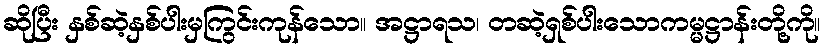
ဆိုပြီး နှစ်ဆဲ့နှစ်ပါးမှကြွင်းကုန်သော။ အဋ္ဌာရသ၊ တဆဲ့ရှစ်ပါးသောကမ္မဋ္ဌာန်းတို့ကို။